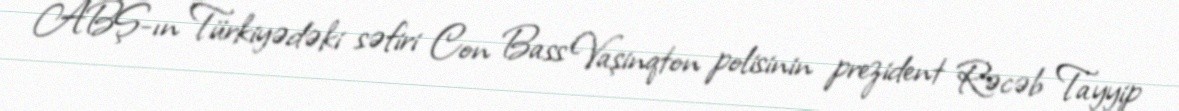
ABŞ-ın Türkiyədəki səfiri Con Bass Vaşinqton polisinin prezident Rəcəb Tayyip